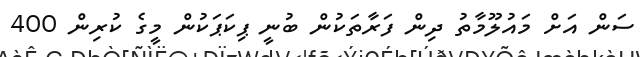
ސަން އަށް މައުލޫމާތު ދިން ފަރާތަކުން ބުނީ ޕިކަޕަކުން މީގެ ކުރިން 400